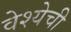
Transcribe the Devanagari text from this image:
वेश्येची